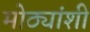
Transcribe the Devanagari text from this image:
मोठ्यांशी